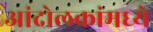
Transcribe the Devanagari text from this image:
आंदोलकांमध्ये